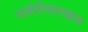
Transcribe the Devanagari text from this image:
पार्वतीसारखाच